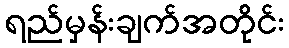
ရည်မှန်းချက်အတိုင်း